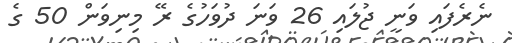
ނެރެފައި ވަނީ ޖުލައި 26 ވަނަ ދުވަހުގެ ރޭ މިނިވަން 50 ގެ